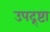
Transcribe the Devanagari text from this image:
उपद्र्ष्टा